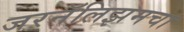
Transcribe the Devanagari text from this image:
जरनॅलिझमचा